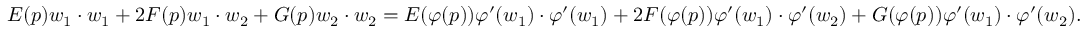
E ( p ) w _ { 1 } \cdot w _ { 1 } + 2 F ( p ) w _ { 1 } \cdot w _ { 2 } + G ( p ) w _ { 2 } \cdot w _ { 2 } = E ( \varphi ( p ) ) \varphi ^ { \prime } ( w _ { 1 } ) \cdot \varphi ^ { \prime } ( w _ { 1 } ) + 2 F ( \varphi ( p ) ) \varphi ^ { \prime } ( w _ { 1 } ) \cdot \varphi ^ { \prime } ( w _ { 2 } ) + G ( \varphi ( p ) ) \varphi ^ { \prime } ( w _ { 1 } ) \cdot \varphi ^ { \prime } ( w _ { 2 } ) .